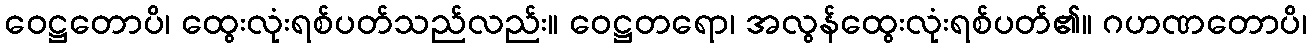
ဝေဋ္ဌတောပိ၊ ထွေးလုံးရစ်ပတ်သည်လည်း။ ဝေဋ္ဌတရော၊ အလွန်ထွေးလုံးရစ်ပတ်၏။ ဂဟဏတောပိ၊